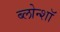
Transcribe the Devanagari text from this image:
ब्लोन्शॉ